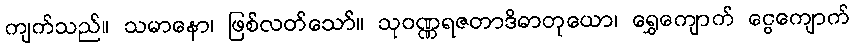
ကျက်သည်။ သမာနော၊ ဖြစ်လတ်သော်။ သုဝဏ္ဏရဇတာဒိဓာတုယော၊ ရွှေကျောက် ငွေကျောက်